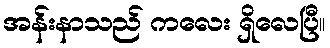
အန်းနာသည် ကလေး ရှိလေပြီ။